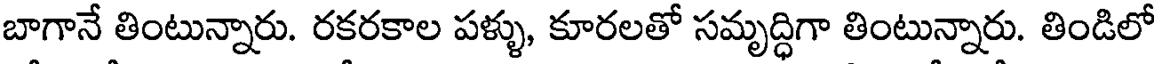
బాగానే తింటున్నారు. రకరకాల పళ్ళు, కూరలతో సమృద్ధిగా తింటున్నారు. తిండిలో